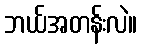
ဘယ်အတန်းလဲ။